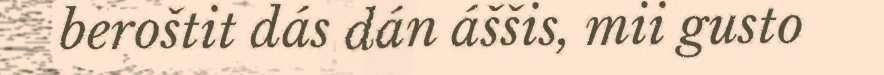
beroštit dás dán áššis, mii gusto